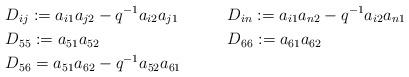
LaTeX: \begin{align*}&D_{ij}:=a_{i1}a_{j2}-q^{-1}a_{i2}a_{j1} &&D_{in}:=a_{i1}a_{n2}-q^{-1}a_{i2}a_{n1}&&\\&D_{55}:=a_{51}a_{52} &&D_{66}:=a_{61}a_{62}\\&D_{56}=a_{51}a_{62}-q^{-1}a_{52}a_{61}\\\end{align*}